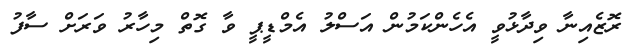
ރޮޒެއިނާ ވިދާޅުވީ އެހެންކަމުން އަސްލު އެމްޑީޕީ ވާ ގޮތް މިހާރު ވަރަށް ސާފު